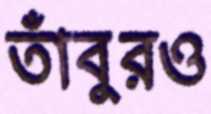
তাঁবুরও